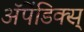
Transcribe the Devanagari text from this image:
अॅपेंडिक्स्